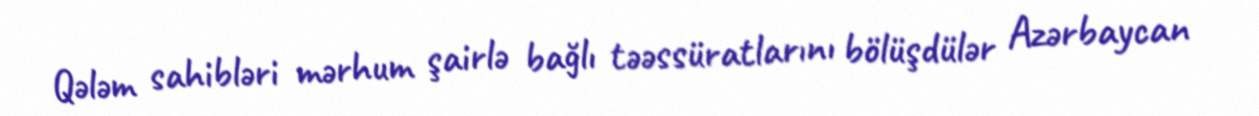
Qələm sahibləri mərhum şairlə bağlı təəssüratlarını bölüşdülər Azərbaycan